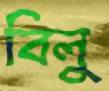
বিলু